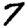
Digit: 7